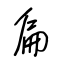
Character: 扁